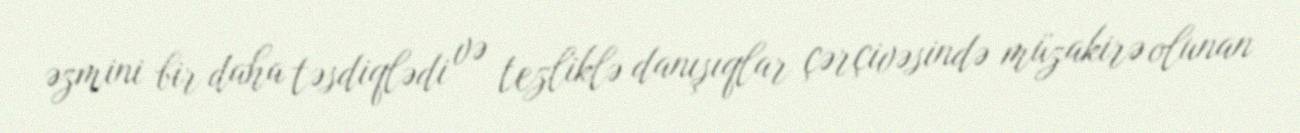
əzmini bir daha təsdiqlədi və tezliklə danışıqlar çərçivəsində müzakirə olunan